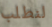
لنطلب